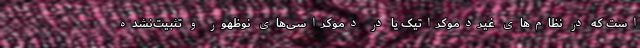
است که در نظام‌های غیردموکراتیک یا در دموکراسی‌های نوظهور و تثبیت‌نشده